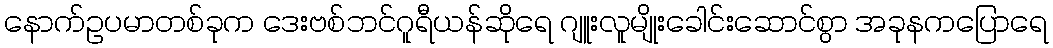
နောက်ဥပမာတစ်ခုက ဒေးဗစ်ဘင်ဂူရီယန်ဆိုရေ ဂျူးလူမျိုးခေါင်းဆောင်စွာ အခုနကပြောရေ